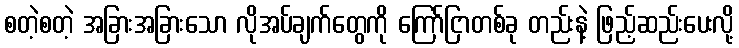
စတဲ့စတဲ့ အခြားအခြားသော လိုအပ်ချက်တွေကို ကြော်ငြာတစ်ခု တည်းနဲ့ ဖြည့်ဆည်းပေးလို့